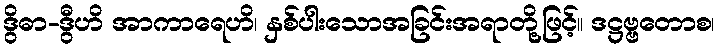
ဒွိဓာ-ဒွီဟိ အာကာရေဟိ၊ နှစ်ပါးသောအခြင်းအရာတို့ဖြင့်။ ဒဋ္ဌဗ္ဗတောစ၊